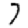
Digit: 7